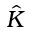
\hat { K }